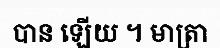
បាន ឡើយ ។ មាត្រា